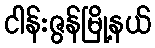
ငါန်းဇွန်မြို့နယ်